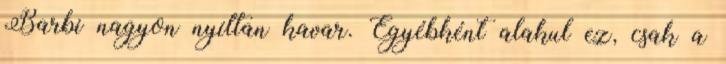
Barbi nagyon nyíltan kavar. Egyébként alakul ez, csak a